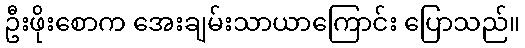
ဦးဖိုးစောက အေးချမ်းသာယာကြောင်း ပြောသည်။